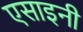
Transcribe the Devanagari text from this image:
एसाइनी